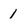
Character: 1